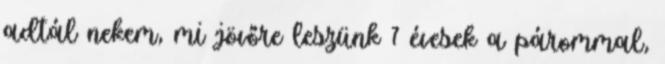
adtál nekem, mi jövőre leszünk 7 évesek a párommal,